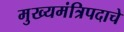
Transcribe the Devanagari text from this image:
मुख्यमंत्रिपदाचे